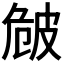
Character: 𤿡